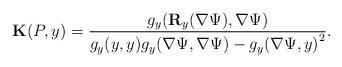
LaTeX: \begin{align*}{\bf K}(P,y) &= \frac{{{g_y}({\bf R}_y(\nabla {\Psi }}),\nabla {\Psi })}{{{g_y(y,y)}{g_y}(\nabla {\Psi }},\nabla {\Psi }) - {g_y}{{(\nabla {\Psi}},y)}^2}.\end{align*}